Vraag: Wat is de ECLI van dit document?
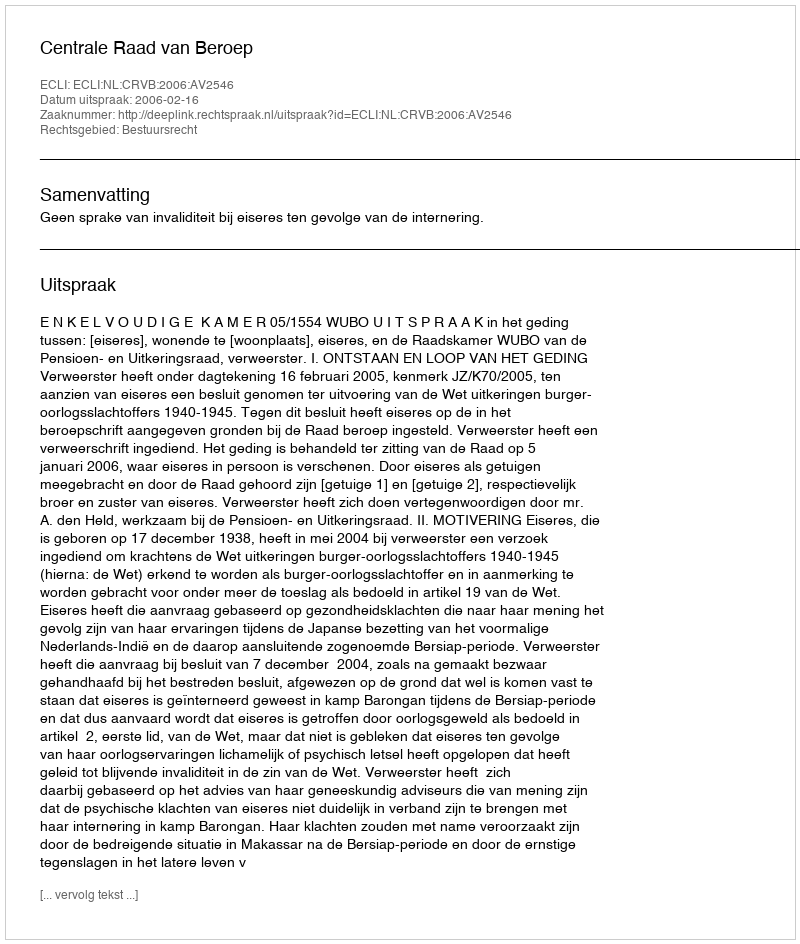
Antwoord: ECLI:NL:CRVB:2006:AV2546